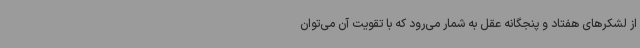
از لشکرهای هفتاد و پنجگانه عقل به شمار می‌رود که با تقویت آن می‌توان